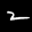
Label: 2